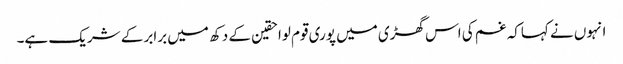
انہوں نے کہاکہ غم کی اس گھڑی میں پوری قوم لواحقین کے دکھ میں برابر کے شریک ہے۔